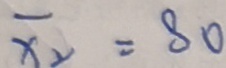
\overline { x } _ { 2 } = 8 0